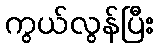
ကွယ်လွန်ပြီး